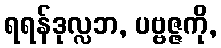
ရရန်ဒုလ္လဘ, ပဗ္ဗဇ္ဇကို,